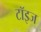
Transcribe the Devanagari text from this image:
टॉइज